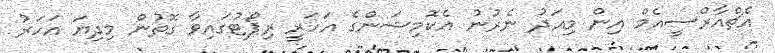
އެޗްއާރްސީއެމް އިން މިއަދު ނެރުނު އެކޮމިޝަންގެ އަހަރީ ރިޕޯޓުގައިވާ ގޮތުން މިދިޔަ އަހަރު